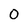
Character: 0